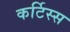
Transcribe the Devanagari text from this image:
कर्टिस्स